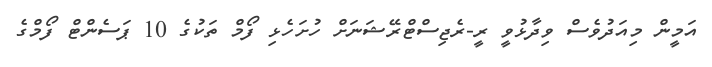
އަމީން މިއަދުވެސް ވިދާޅުވީ ރީ-ރެޖިސްޓްރޭޝަނަށް ހުށަހެޅި ފޯމް ތަކުގެ 10 ޕަސެންޓް ފޯމްގެ